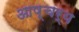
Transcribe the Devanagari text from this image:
आष्चर्य